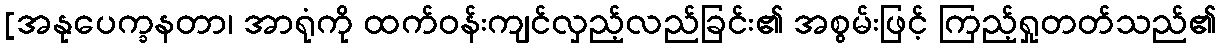
[အနုပေက္ခနတာ၊ အာရုံကို ထက်ဝန်းကျင်လှည့်လည်ခြင်း၏ အစွမ်းဖြင့် ကြည့်ရှုတတ်သည်၏